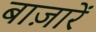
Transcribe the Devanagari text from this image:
बाज़ारें